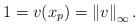
LaTeX: \begin{align*}1=v(x_{p})=\left\Vert v\right\Vert _{\infty}. \end{align*}